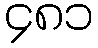
၄၈၁